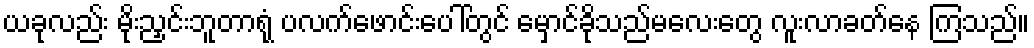
ယခုလည်း မိုးညှင်းဘူတာရုံ ပလက်ဖောင်းပေါ်တွင် မှောင်ခိုသည်မလေးတွေ လူးလာခတ်နေ ကြသည်။